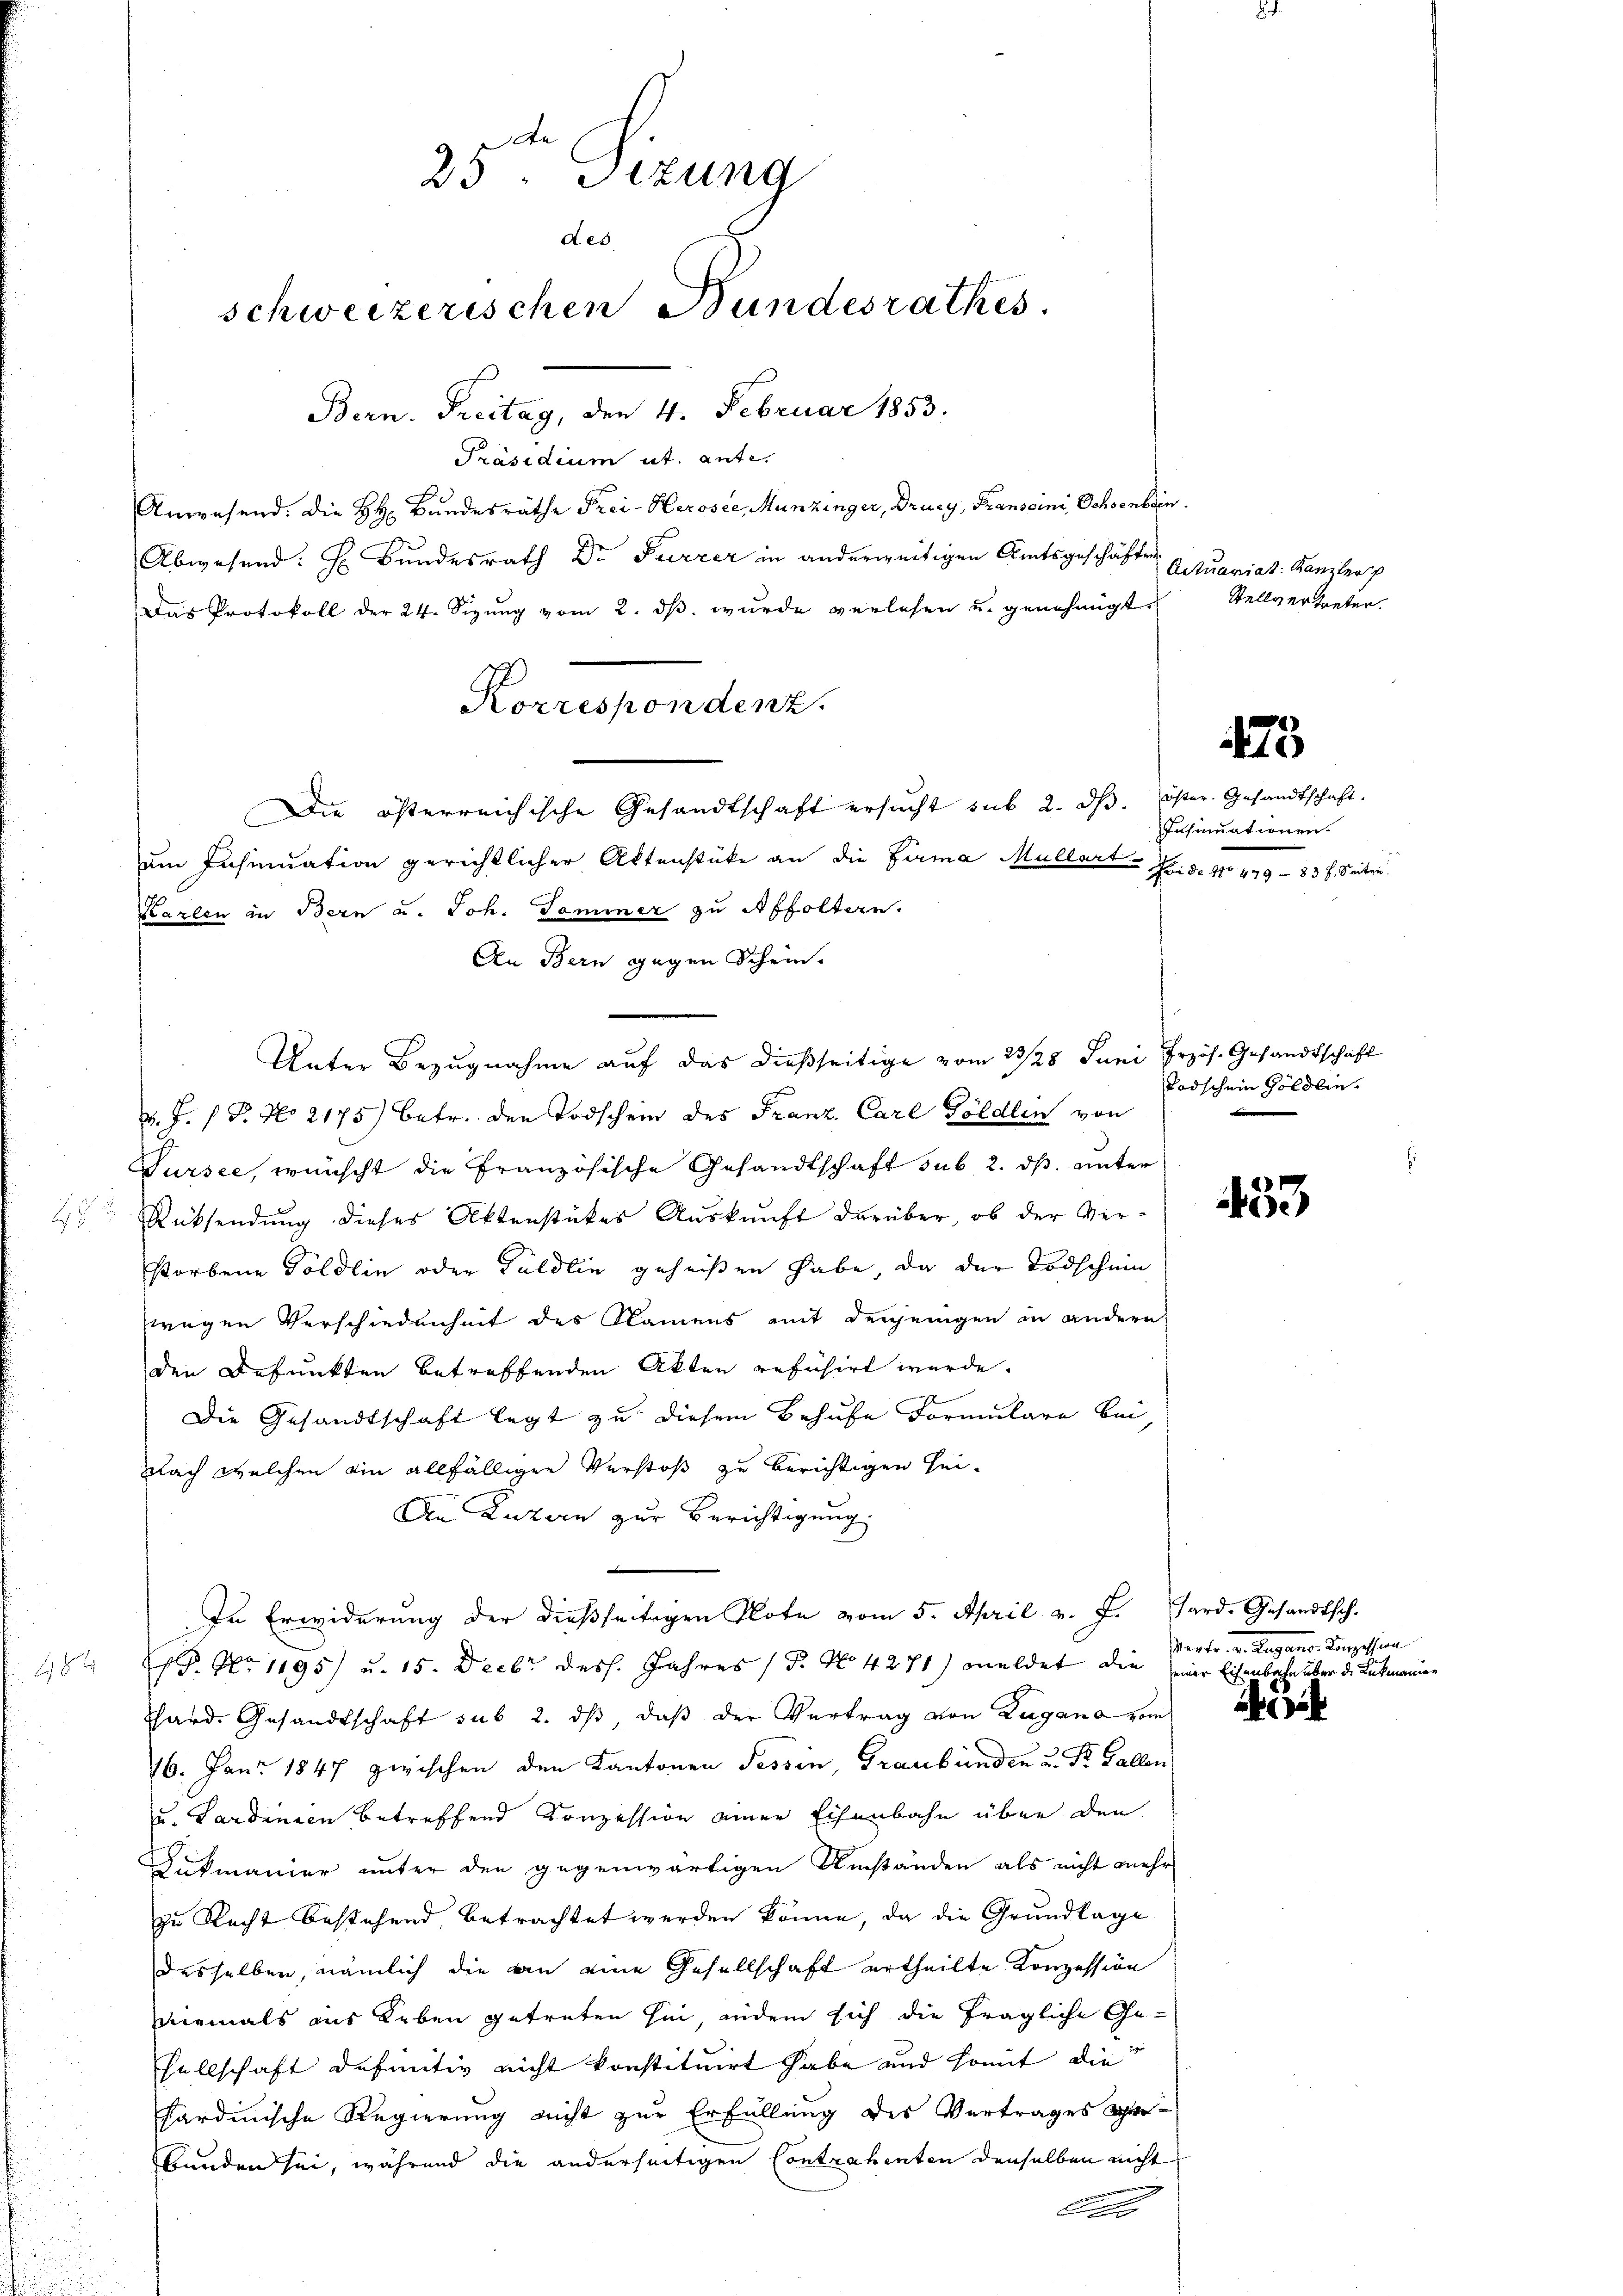
te
25 Sizung
des
schweizerischen Bundesrathes.
Bern. Freitag, den 4. Februar 1853.

Präsidium ut. ante.
Anwesend. Die H. Bundesräthe Frei-Herosee, Munzinger, Drucy, Franscini, Ochsenbrin
Abwesend: Hr. Bundesrath Dr Furrer in anderweitigen Amtsgeschäften Quariat Kanzler p
Das Protokoll der 24. Sizŭng vom 2. dβ wŭrde verlesen u. genehmigt.
Die österreichische Gesandtschaft ersucht sub 2. dβ. öster. Gesandtschaft.
um Insinuation gerichtlicher Aktenstüke an die Firma Mullart Fr. d. 110 449 - 83 f. Seiten.
Karten in Bern u. Joh. Tommer zu Affoltern.
An Bern gegen Schein-
Unter Bezugnahme auf das dießseitige vom 23/28. Juni Przös. Gesandtschaft
v. J. J. P. No 2175) betr. den Todschein des Franz Carl Göldlen von
Sursee, wünscht die Französische Gesandtschaft sub 2. ds. unter
 Rücksendung dieses Aktenstückes Auskunft darüber, ob der Verstorbene Göldlin oder Fuldlin geheißen habe, da der Todschein
wegen Verschiedenheit des Namens mit denjenigen in andern
den Befunkten betreffenden Akten refuhirt wurde.
Die Gesandtschaft legt zu diesem Behufe Formulare bei
Nach welchen ein allfälligen Verstoß zu berichtigen sei¬
An Luzern zur Berichtigung
In Erwiderung der dießseitigen Klote vom 5. April v. J. Jard. Gesandtsch.
18. No 1195) u. 15. Decbr. desh. Jahres (T. No 4271) meldet die
hard. Gesandtschaft sub 2. dβ, daß der Vertrag von Zugano vom
16. Jan. 1847 zwischen den Kantonen Tessin, Graubünden u. Dr. Gallen
u. Sardinien betreffend Konzession einer Eisenbahn über den
Gukmanier unter den gegenwärtigen Umständen als nicht mehr
zu Recht bestehend, betrachtet werden könne, da die Grundlage
desselben, nämlich die an eine Gesellschaft ertheilte Konzession
niemals aus Leben getreten hin andem sich die fragliche Ge-
sellschaft definitiv nicht konstituirt habe und somit die
hardinische Regierung nicht zur Erfüllung des Vertrages Ser-
bunden sei, während die anderseitigen Contrahenten denselben nicht
Co

Korrespondenz.

Stellvertreter.

475

Insinuationen.

Todschein Göldlin.

453

Parte v. Regens. Pension
einer Eisenbahn über d. Lukmanien